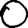
Digit: 0